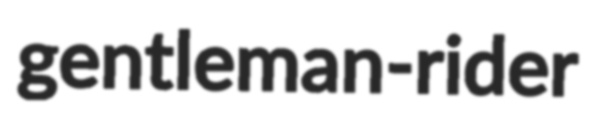
gentleman-rider